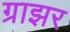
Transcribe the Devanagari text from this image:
ग्राझर